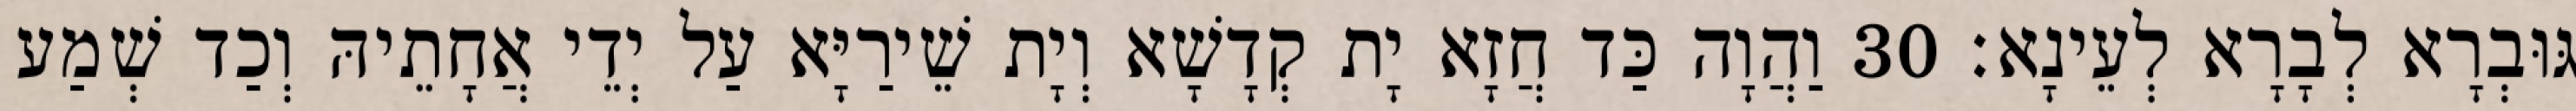
גּוּבְרָא לְבָרָא לְעֵינָא׃ 30 וַהֲוָה כַּד חֲזָא יָת קְדָשָׁא וְיָת שֵׁירַיָּא עַל יְדֵי אֲחָתֵיהּ וְכַד שְׁמַע